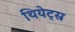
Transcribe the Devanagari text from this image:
थियेट्स्र